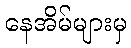
နေအိမ်များမှ